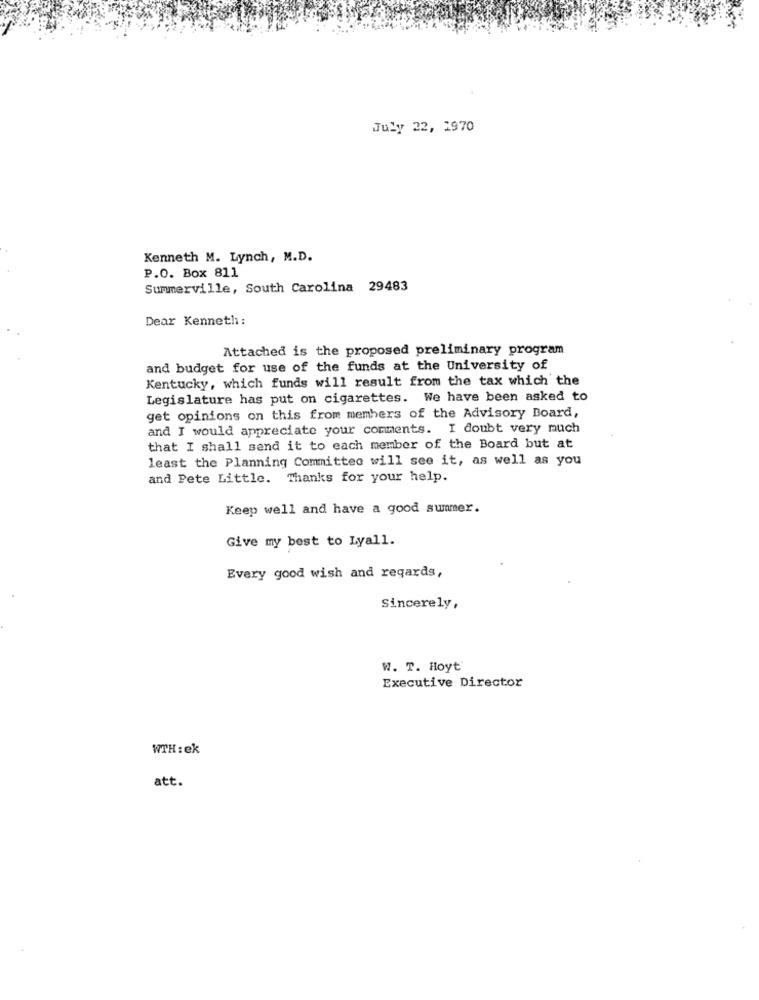
July 22, 1970
Kenneth M. Lynch, M.D.
P.O. Box 811
Summerville, South Carolina 29483
Dear Kenneth:
Attached is the proposed preliminary program
and budget for use of the funds at the University of
Kentucky, which funds will result from the tax which the
Legislature has put on cigarettes. We have been asked to
get opinions on this from members of the Advisory Board,
and I would appreciate your comments. I doubt very much
that I shall send it to each member of the Board but at
least the Planning Committee will see it, as well as you
and Pete Little. Thanks for your help.
Keep well and have a good summer.
Give my best to Lyall.
Every good wish and regards,
Sincerely,
W. T. Hoyt'
Executive Director
WTH : ek
att.